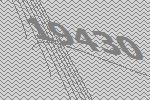
19430